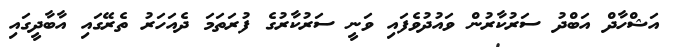
އަޝްހާދް އަބްދު ސަރުކާރުން ވައުދުވެފައި ވަނީ ސަރުކާރުގެ ފުރަތަމަ ދެއަހަރު ތެރޭގައި އާބާދީގައި